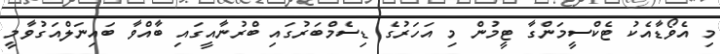
މި އެވޯޑާއެކު ޓެކްސީމަންގާ ޓީމުން މި އަހަރުގެ ޑިސެމްބަރުގައި ބްރުނާއީގައި ބާއްވާ ބައިނަލްއަގުވާމީ